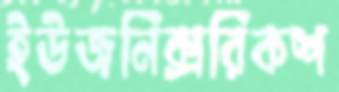
ইউজনিক্সরিকশ